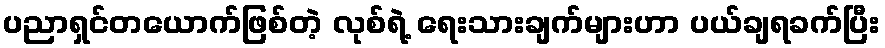
ပညာရှင်တယောက်ဖြစ်တဲ့ လုစ်ရဲ့ ရေးသားချက်များဟာ ပယ်ချရခက်ပြီး